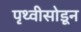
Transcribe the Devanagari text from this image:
पृथ्वीसोडून